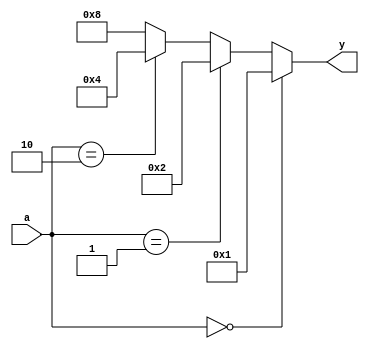
module dec_2to4_if(a, y);
    input  [1:0] a;
    output [3:0] y;
    reg    [3:0] y;

    always @(a) begin
        if      (a == 0) y = 4'b0001;
        else if (a == 1) y = 4'b0010;
        else if (a == 2) y = 4'b0100;
        else             y = 4'b1000;
    end
endmodule